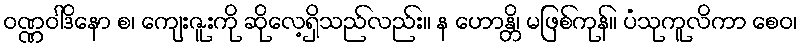
ဝဏ္ဏဝါဒိနော စ၊ ကျေးဇူးကို ဆိုလေ့ရှိသည်လည်း။ န ဟောန္တိ၊ မဖြစ်ကုန်။ ပံသုကူလိကာ စေဝ၊